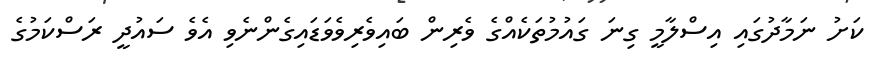
ކަށު ނަމާދުގައި އިސްލާމީ ގިނަ ގައުމުތަކެއްގެ ވެރިން ބައިވެރިވެވަޑައިގެންނެވި އެވެ ސައުދީ ރަސްކަމުގެ